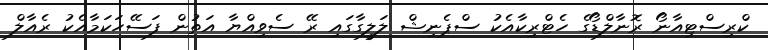
ކްރިސްޓިއާނޯ ރޮނާލްޑޯގެ ހެޓްރިކާއެކު ސްޕެނިޝް ލަލީގާގައި ރޭ ސެވިއްޔާ އަތުން ފަސޭހަކަމާއެކު ރެއާލް